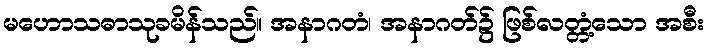
မဟောသဓာသုခမိန်သည်။ အနာဂတံ၊ အနာဂတ်၌ ဖြစ်လတ္တံ့သော အစီး